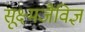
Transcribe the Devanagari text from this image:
सूक्ष्मजैविज्ञ